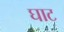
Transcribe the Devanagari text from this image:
घाट